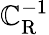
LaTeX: \mathbb{C}_{\mathrm{{R}}}^{-1}